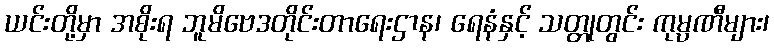
ယင်းတို့မှာ အစိုးရ ဘူမိဗေဒတိုင်းတာရေးဌာန၊ ရေနံနှင့် သတ္တုတွင်း ကုမ္ပဏီများ၊